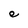
Character: e